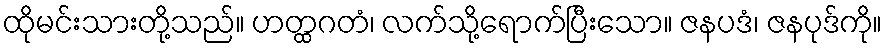
ထိုမင်းသားတို့သည်။ ဟတ္ထဂတံ၊ လက်သို့ရောက်ပြီးသော။ ဇနပဒံ၊ ဇနပုဒ်ကို။